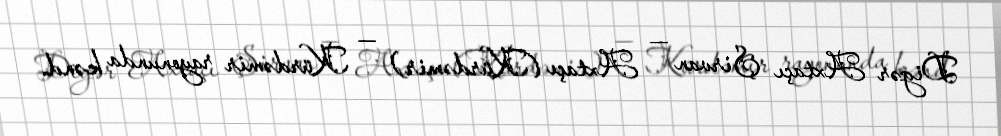
Digər Axtaçı Şirvan — Axtaçı (Kürdəmir) — Kürdəmir rayonunda kənd.